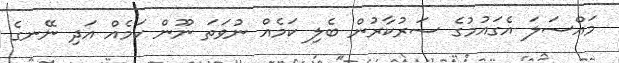
މައްސަލަ އެގައުމުގެ ސަރުކާރުން ބެލި ކަމެއް ނުވަތަ ނޫން ކަމެއް އަދި ނޭނގެ